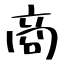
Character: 商